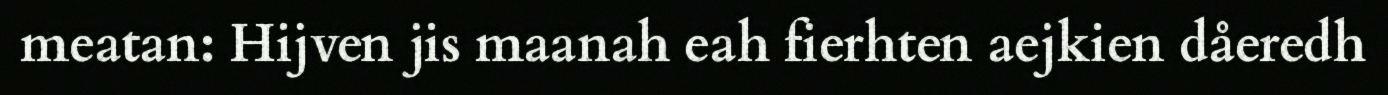
meatan: Hijven jis maanah eah fierhten aejkien dåeredh